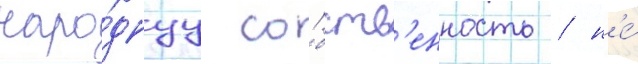
наро́днуу со́бств'енность / н'е́